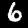
Label: 6